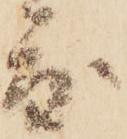
度